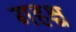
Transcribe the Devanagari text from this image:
गहश्च